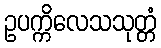
ဥပက္ကိလေသသုတ္တံ